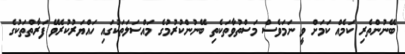
ބޭނުންތެރި ކަމެއް ކަމަށް ވީ ނަމަވެސް މަސްތުވާތަކެތި ބޭނުންކުރުމުގެ މައްސަލަތަކުގައި ހައްޔަރުކުރެވޭ ފަރާތްތަކުގެ